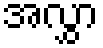
အလွှာ